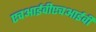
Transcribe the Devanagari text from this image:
एचआईवीएचआईवी